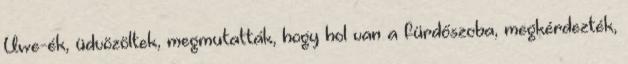
Uwe-ék, üdvözöltek, megmutatták, hogy hol van a fürdőszoba, megkérdezték,